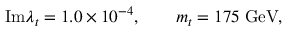
\mathrm { I m } \lambda _ { t } = 1 . 0 \times 1 0 ^ { - 4 } , \qquad m _ { t } = 1 7 5 \; \mathrm { G e V } ,